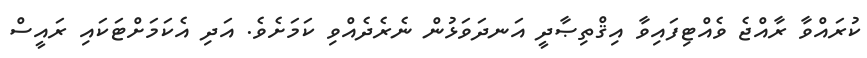
ކުރައްވާ ރާއްޖެ ވެއްޓިފައިވާ އިޤްތިޞާދީ އަނދަވަޅުން ނެރެދެއްވި ކަމަށެވެ. އަދި އެކަމަށްޓަކައި ރައީސް